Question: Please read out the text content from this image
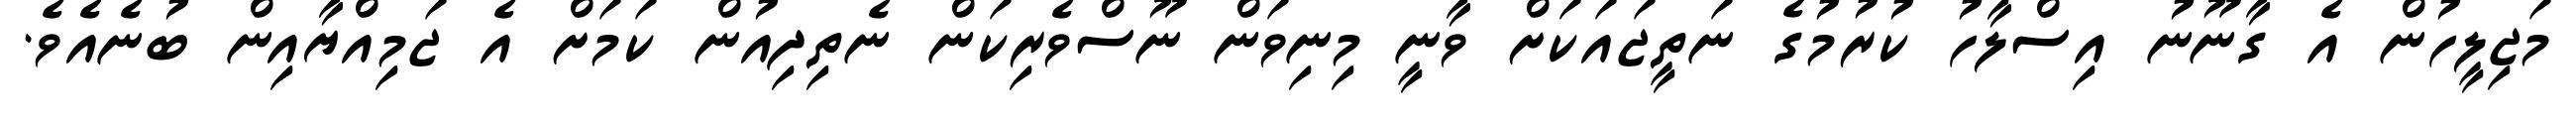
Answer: މަޖިލީހުން އެ ގާނޫނު އިސްލާހު ކުރުމުގެ ނަތީޖައަކަށް ވާނީ މިނިވަން ނޫސްވެރިކަން ނެތިދިއުން ކަމަށް އެ ޖަމިއްޔާއިން ބުނެއެވެ.